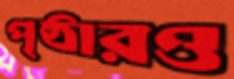
পৃষ্ঠারও